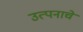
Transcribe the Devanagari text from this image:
उत्पनाचे